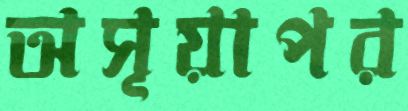
অসূয়াপর